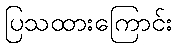
ပြသထားကြောင်း